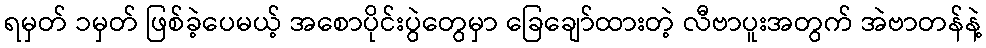
ရမှတ် ၁မှတ် ဖြစ်ခဲ့ပေမယ့် အစောပိုင်းပွဲတွေမှာ ခြေချော်ထားတဲ့ လီဗာပူးအတွက် အဲဗာတန်နဲ့